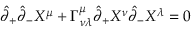
\hat { \partial } _ { + } \hat { \partial } _ { - } X ^ { \mu } + \Gamma _ { \nu \lambda } ^ { \mu } \hat { \partial } _ { + } X ^ { \nu } \hat { \partial } _ { - } X ^ { \lambda } = 0